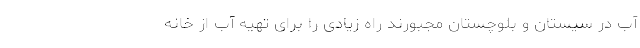
آب در سیستان و بلوچستان مجبورند راه زیادی را برای تهیه آب از خانه